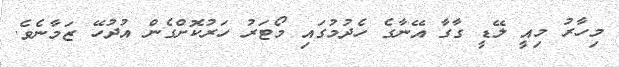
މިހާރު މިއީ ލޭޑީ ގާގާ އޭނާގެ ހެދުމުގައި މޯޓަރު ހަރުކޮށްގެން އުދުހޭ ޒަމާނެވެ.